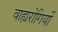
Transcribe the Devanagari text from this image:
वाह्यरोगियों